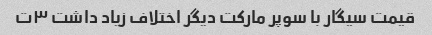
قیمت سیگار با سوپر مارکت دیگر اختلاف زیاد داشت ۳ت